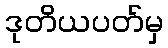
ဒုတိယပတ်မှ